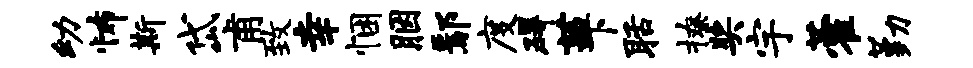
幼怖斯岱甫致幸悃胭鄢度碍茜下聒撩奖宇藿勤